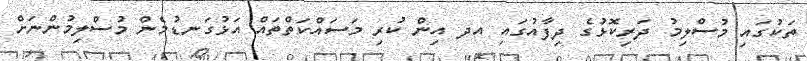
ތަކުގައި މުސްލިމު ދަރިކޮޅުގެ ދިފާއުގައި އދ އިން ކުރި މަސައްކަތްތައް އަޅުގަނޑުމެން މުސްލިމުންނަށް